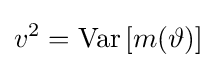
v^{2}=\operatorname {Var} \left[m(\vartheta )\right]